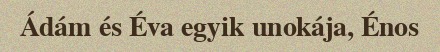
Ádám és Éva egyik unokája, Énos